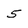
Character: 5